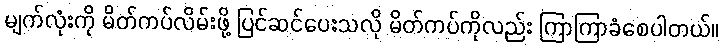
မျက်လုံးကို မိတ်ကပ်လိမ်းဖို့ ပြင်ဆင်ပေးသလို မိတ်ကပ်ကိုလည်း ကြာကြာခံစေပါတယ်။